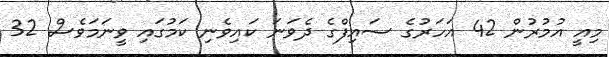
މިއީ އުމުރުން 42 އަހަރުގެ ސައިފްގެ ދެވަނަ ކައިވެނި ކަމުގައި ވީނަމަވެސް 32